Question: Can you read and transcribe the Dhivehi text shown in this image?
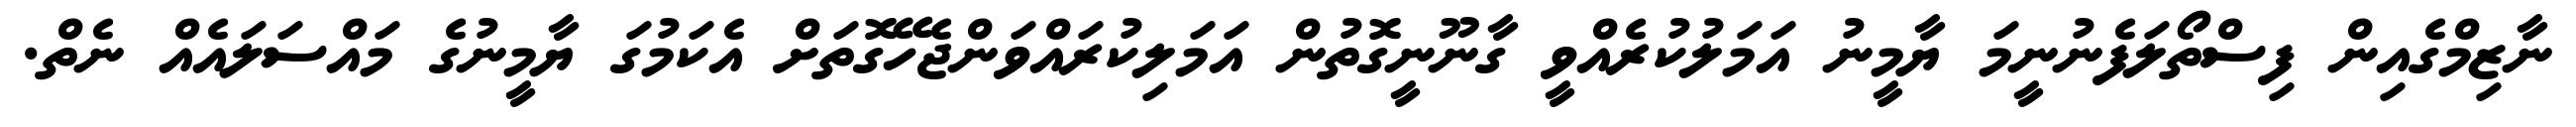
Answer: ނާޒިމްގެއިން ފިސްތޯލަފެނުނީމަ ޔާމީނު އަމަލުކުރެއްވީ ގާނޫނީގޮތުން އަމަލިކުރައްވަންޖެހޭގޮތަށް އެކަމުގަ ޔާމީނުގެ މައްސަލައެއް ނެތް.